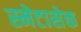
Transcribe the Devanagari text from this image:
स्मेटासेक